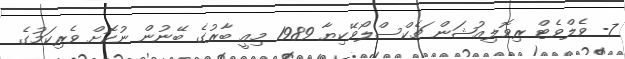
7- ވެލްވެޓް ރިވޮލިއުޝަން ޗެކްސްލޯވޭކިޔާ 1989 މިއީ ބާރުގެ ބޭނުން ނުކޮށް ވެރިކަމުގެ